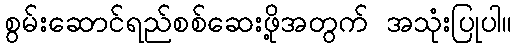
စွမ်းဆောင်ရည်စစ်ဆေးဖို့အတွက် အသုံးပြုပါ။